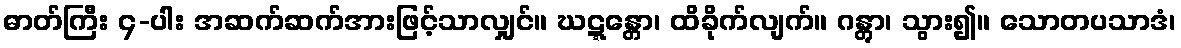
ဓာတ်ကြီး ၄-ပါး အဆက်ဆက်အားဖြင့်သာလျှင်။ ဃဋ္ဋန္တော၊ ထိခိုက်လျက်။ ဂန္တွာ၊ သွား၍။ သောတပသာဒံ၊